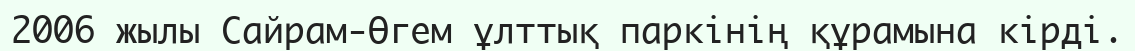
2006 жылы Сайрам-Өгем ұлттық паркінің құрамына кірді.